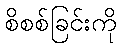
စိစစ်ခြင်းကို